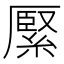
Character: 𦃢